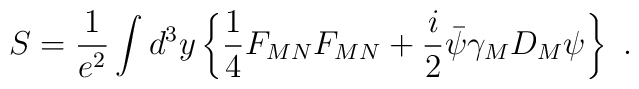
S = \frac{1}{e^2} \int d^3 y \left\{\frac{1}{4} F_{MN} F_{MN} + \frac{i}{2} \bar\psi \gamma_M D_M \psi \right\}\ .